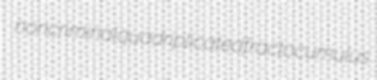
noncriminal quadriplicated fractocumulus